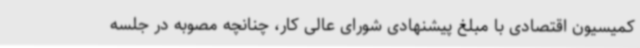
کمیسیون اقتصادی با مبلغ پیشنهادی شورای عالی کار، چنانچه مصوبه در جلسه